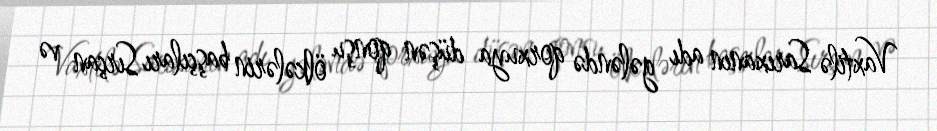
Vaxtilə Sarıxanın adı gələndə qorxuya düşən qonşu ölkələrin başçıları Sırçan və